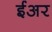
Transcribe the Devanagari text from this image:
ईअर